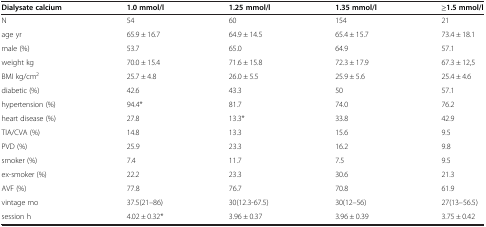
<table><thead><tr><td><b>Dialysate calcium</b></td><td><b>1.0 mmol/l</b></td><td><b>1.25 mmol/l</b></td><td><b>1.35 mmol/l</b></td><td><b>≥1.5 mmol/l</b></td></tr></thead><tbody><tr><td>N</td><td>54</td><td>60</td><td>154</td><td>21</td></tr><tr><td>age yr</td><td>65.9 ± 16.7</td><td>64.9 ± 14.5</td><td>65.4 ± 15.7</td><td>73.4 ± 18.1</td></tr><tr><td>male (%)</td><td>53.7</td><td>65.0</td><td>64.9</td><td>57.1</td></tr><tr><td>weight kg</td><td>70.0 ± 15.4</td><td>71.6 ± 15.8</td><td>72.3 ± 17.9</td><td>67.3 ± 12,5</td></tr><tr><td>BMI kg/cm<sup>2</sup></td><td>25.7 ± 4.8</td><td>26.0 ± 5.5</td><td>25.9 ± 5.6</td><td>25.4 ± 4.6</td></tr><tr><td>diabetic (%)</td><td>42.6</td><td>43.3</td><td>50</td><td>57.1</td></tr><tr><td>hypertension (%)</td><td>94.4*</td><td>81.7</td><td>74.0</td><td>76.2</td></tr><tr><td>heart disease (%)</td><td>27.8</td><td>13.3*</td><td>33.8</td><td>42.9</td></tr><tr><td>TIA/CVA (%)</td><td>14.8</td><td>13.3</td><td>15.6</td><td>9.5</td></tr><tr><td>PVD (%)</td><td>25.9</td><td>23.3</td><td>16.2</td><td>9.8</td></tr><tr><td>smoker (%)</td><td>7.4</td><td>11.7</td><td>7.5</td><td>9.5</td></tr><tr><td>ex-smoker (%)</td><td>22.2</td><td>23.3</td><td>30.6</td><td>21.3</td></tr><tr><td>AVF (%)</td><td>77.8</td><td>76.7</td><td>70.8</td><td>61.9</td></tr><tr><td>vintage mo</td><td>37.5(21–86)</td><td>30(12.3-67.5)</td><td>30(12–56)</td><td>27(13–56.5)</td></tr><tr><td>session h</td><td>4.02 ± 0.32*</td><td>3.96 ± 0.37</td><td>3.96 ± 0.39</td><td>3.75 ± 0.42</td></tr></tbody></table>